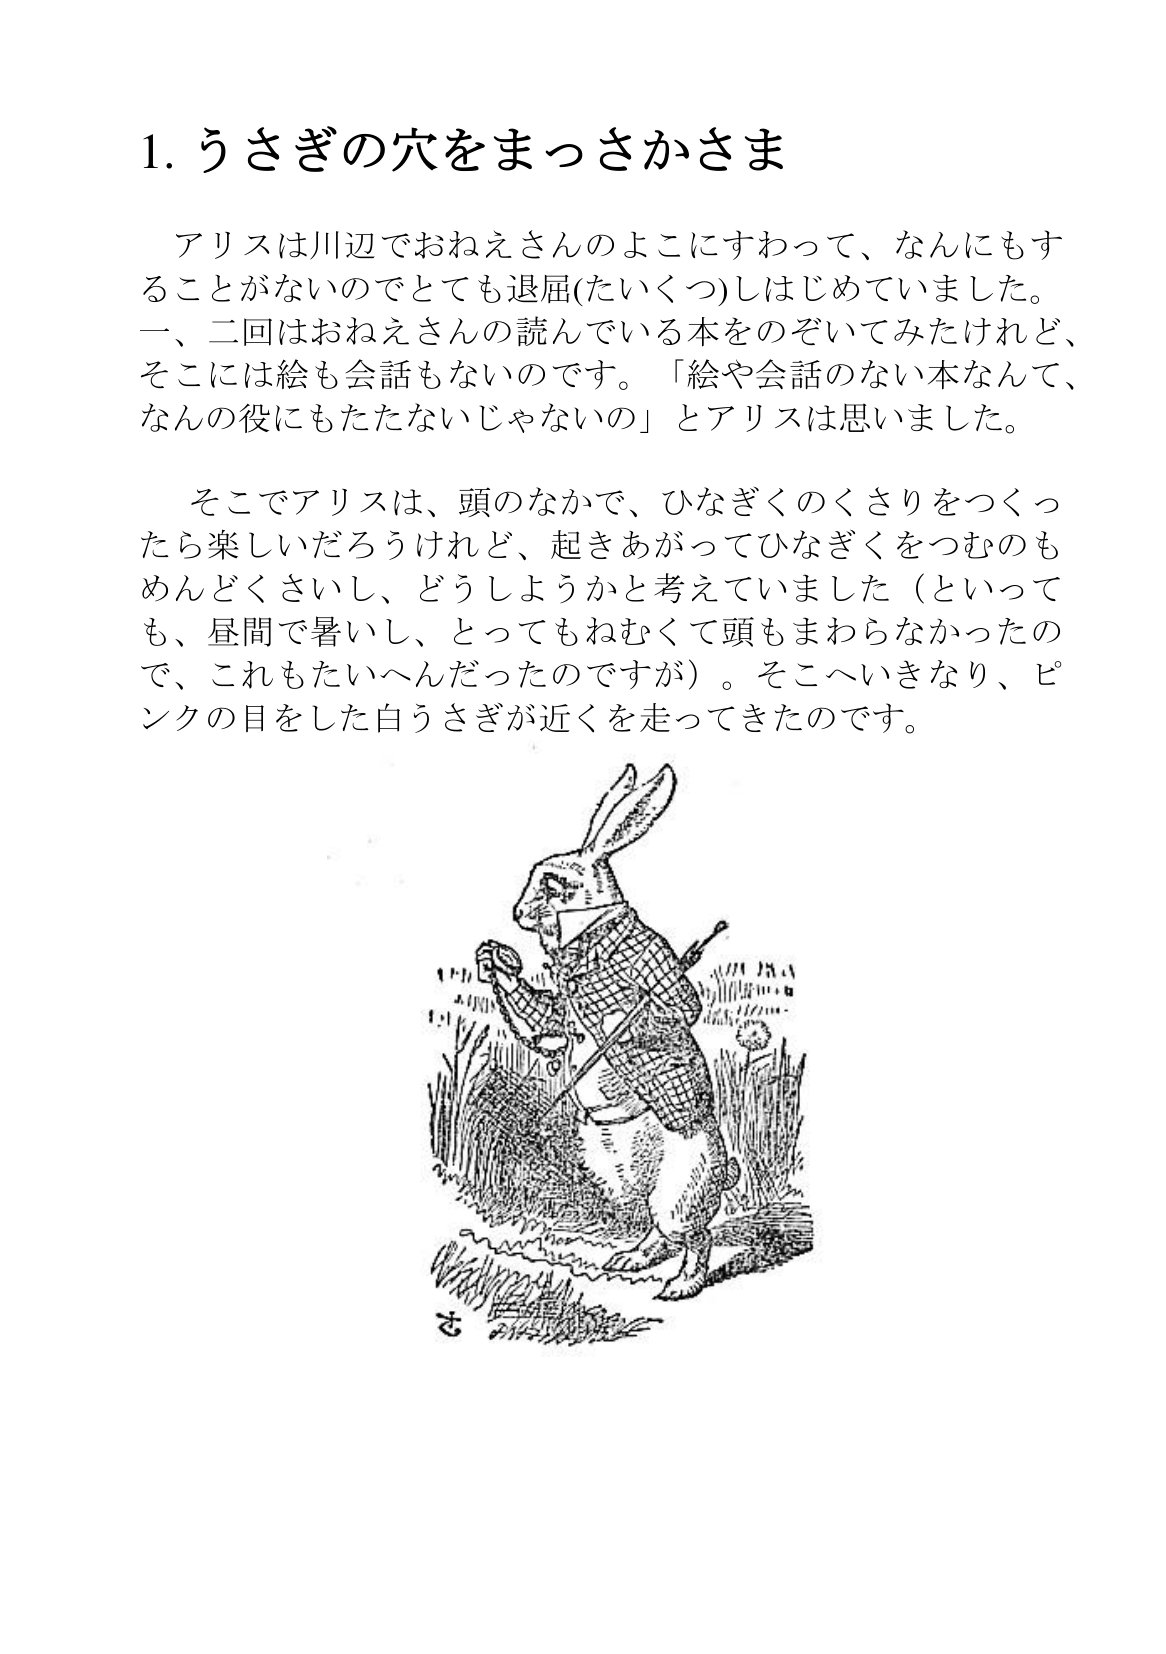
Language: ja